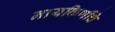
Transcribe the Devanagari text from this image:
नायकिणींचे